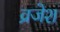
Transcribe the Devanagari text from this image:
व्रजेश